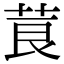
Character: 莨